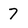
Character: 7